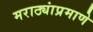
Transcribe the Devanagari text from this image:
मराठ्यांप्रमाणे